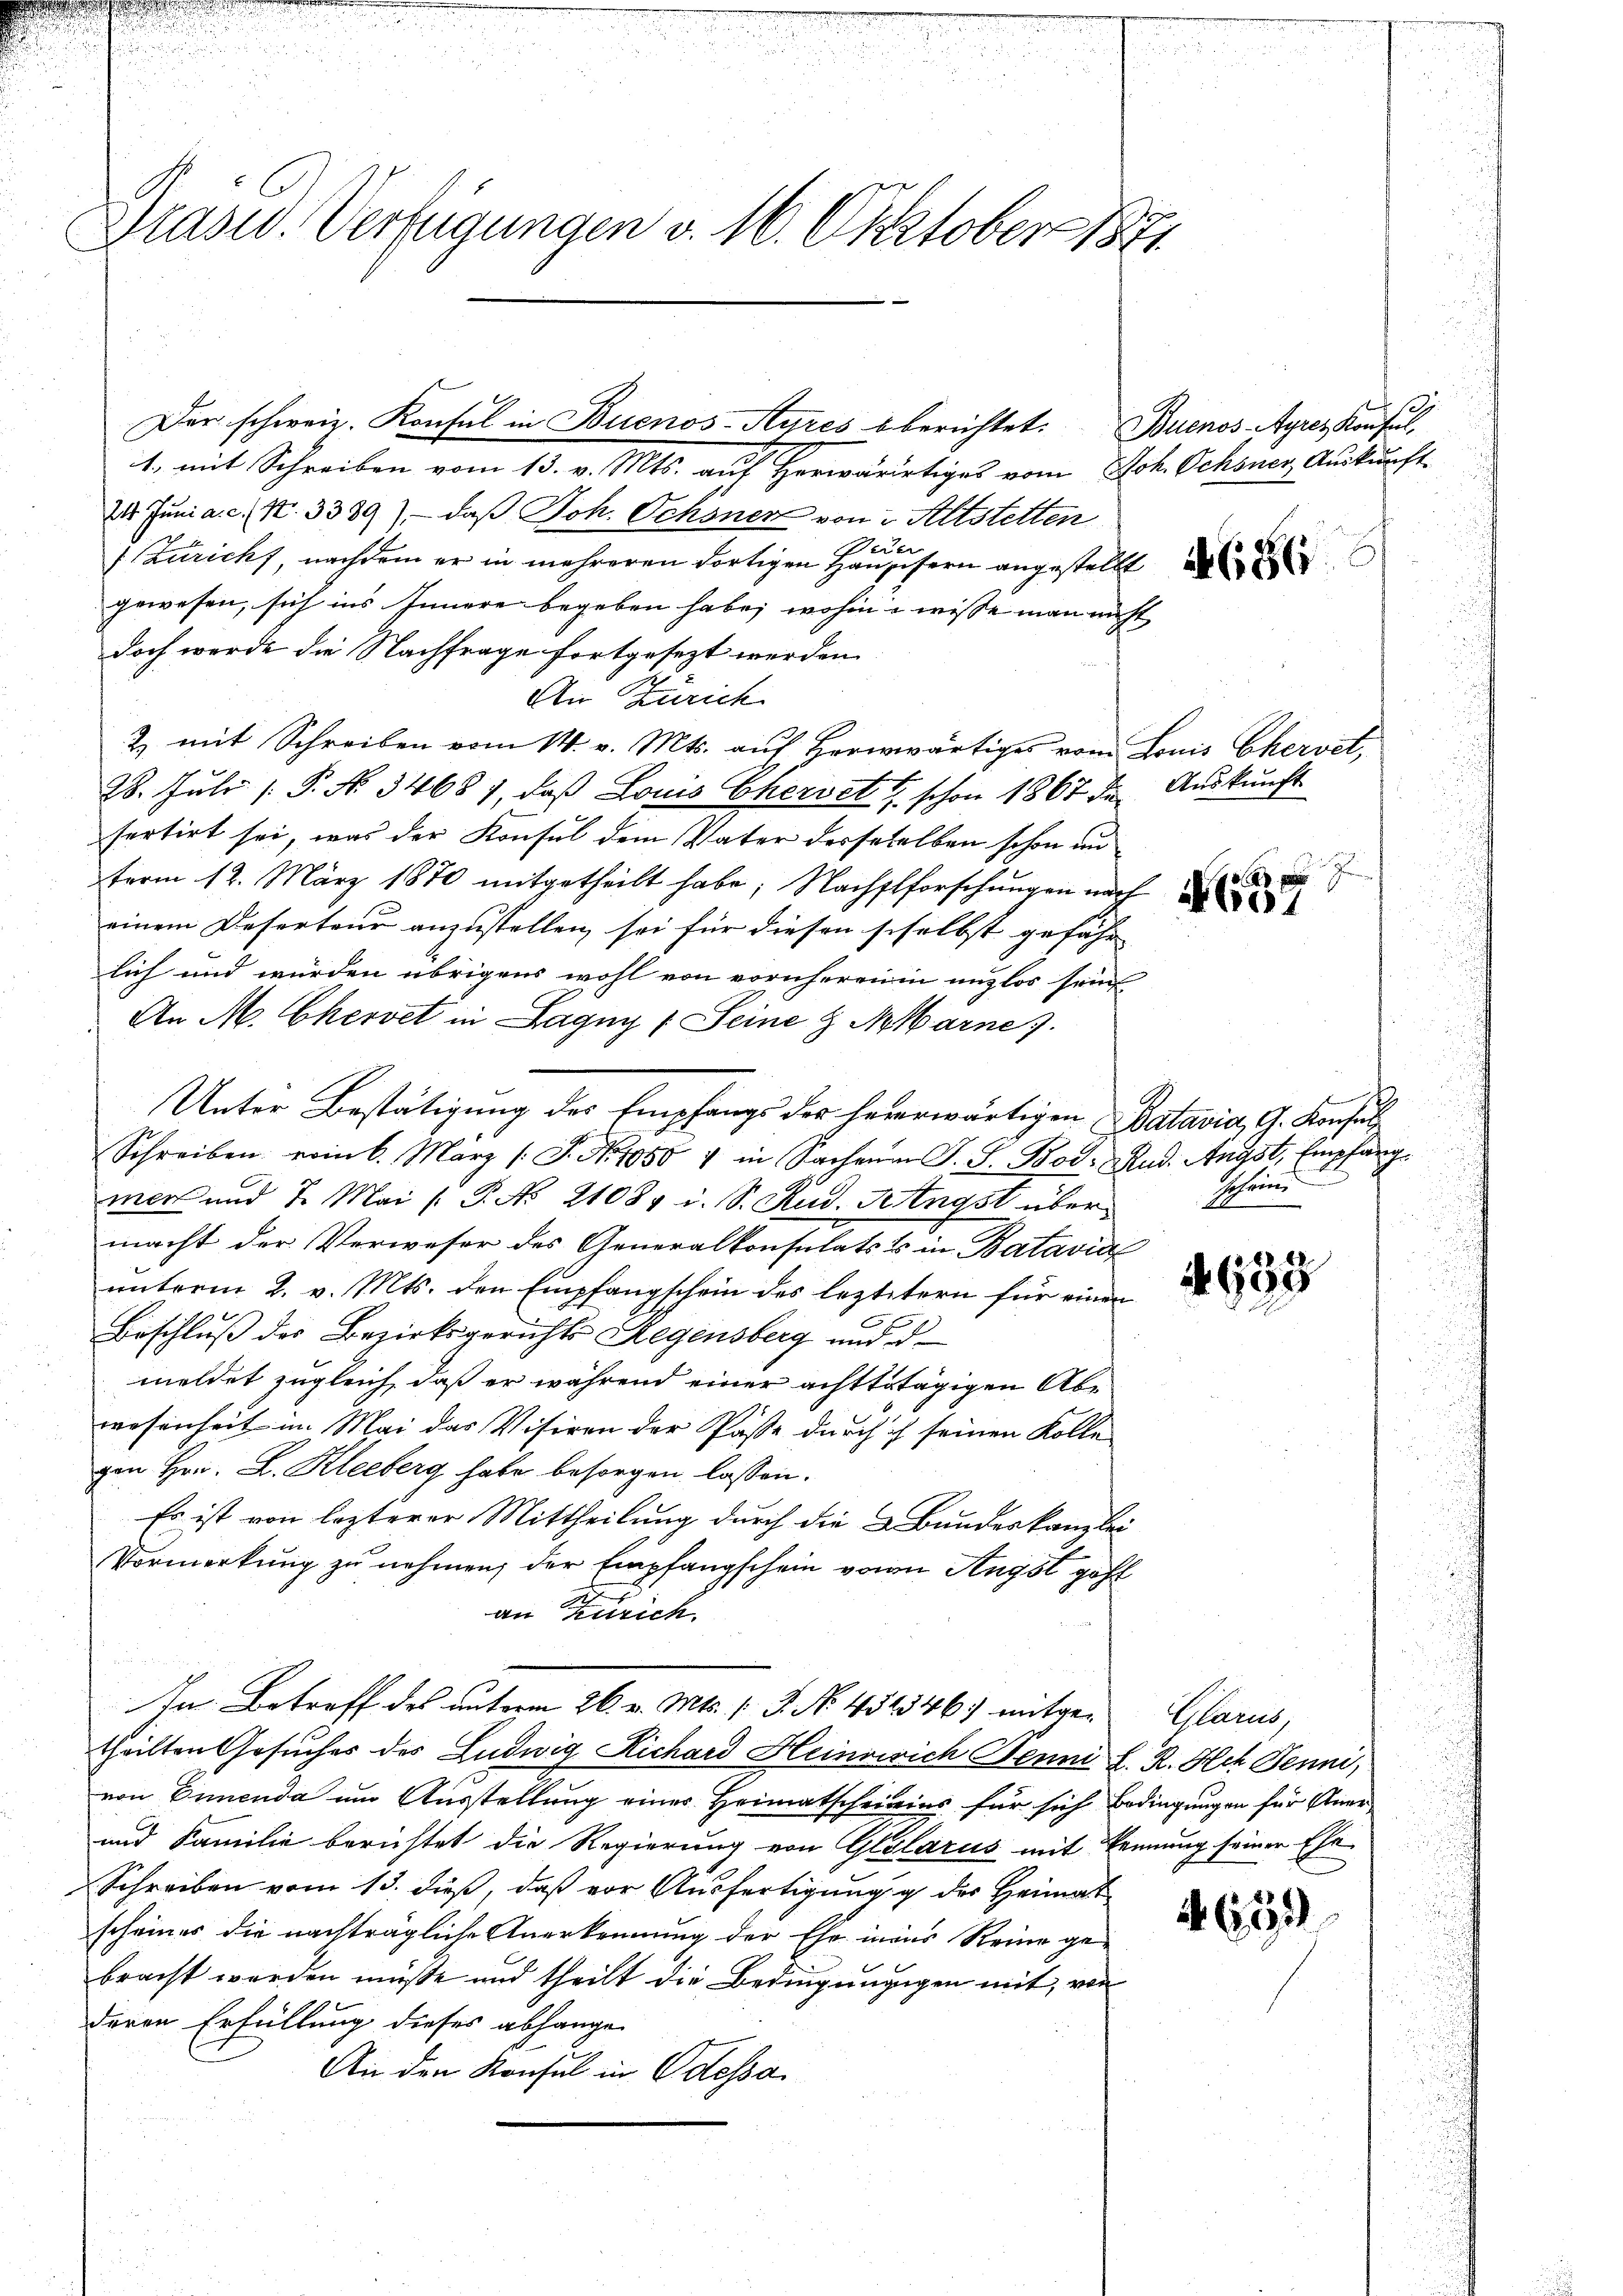
Drasw. Verfügungen v. 10. Oktober 1871.

Der schweiz. Konsul in Buenos-Ayres berichtet: Buenos-Ayres Konsul¬
1., mit Schreiben vom 13. v. Mts. auf Herwärtiges vom Joh. Ochsner Auskunft-
24. Juni a. c. N. 3389), daß Joh. Schöner von 2. Altstetten
Dere
1 Züricht nachdem er in mehreren dortigen Haussern angestellt d
gewesen, sich ins Innere begeben habe; wohin wisse man nicht
doch werde die Nachfrage fortgesezt werden.
An Zürich
2 mit Schreiben vom 14. v. Mts. auf herwärtiges vom Louis Chervet,
28. Juli P. No. 34681, daβ Louis Chersetzt schon 1867 die Aŭskŭnft
fertirt sei, was der Konsul dem Vater desseselben schon un
term 12. März 1870 mitgetheilt habe; Nachstforschungen nach
einem Deserteur anzustellen, sei für diesen siselbst gefähr
lich und würden übrigens wohl von vornheren in unzlos sein
An M. Chervet in Lagny v. Seine & Marne
Unter Bestätigung des Empfangs der hererwärtigen Batavia, G. Konsul
Schreiben vom 6. März (S. Nr. 1050 & in Sachenen S. S. Bod. Rud. Angst, Empfang
mer und 7. Mai ( P. No 21084 i. S. Rud. Angst übermacht der Verweser des Generalkonsulats & in Batavial
unterm 2. v. Mts. den Empfangschein des leztetern für einen
Beschluß des Bezirksgerichts Regensberg und d
meldet zugleich, daß er während einer achttatägigen Abwesenheit im Mai das Visiren der Paße durch ich seinen Kolle
gen Hrn. L. Kleeberg habe besorgen lassen.
Es ist von lezterer Mittheilung durch die & Bundeskanzlei
Vormerkung zu nehmen, der Empfangschein von Angst geht
c
an Zürich
In Betreff des unterm 26. v. Mts. s. 3. No. 451346) mitgetheilten Gesuches des Ludwig Richard Heinvirich Jenne h. R. Hch. Jenni,
von Einenda um Ausstellung einer Heimatscheinins für sich Bedingungen für Aner
und Familie berichtet die Regierung von Glolarus mit kennung seiner Ehe-
Schreiben vom 13. dieß, daß vor Ausfertigung der Heimat
scheines die nachträgliche Anerkennung der Ehe inens Reine gebracht werden müße und theilt die Bedingungigen mit, von
deren Erfüllung dieses abhangen
An den Konsul in Odessa

A1

schein

28
4999

Plard,

659